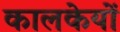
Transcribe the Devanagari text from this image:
कालकेयों